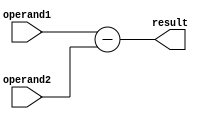
module subtractor(
    input [31:0] operand1,
    input [31:0] operand2,
    output reg [31:0] result
);

always @(*) begin
    result = operand1 - operand2;
end

endmodule